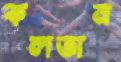
কলতান